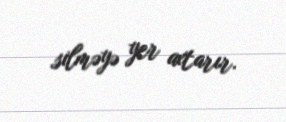
silməyə yer axtarır.